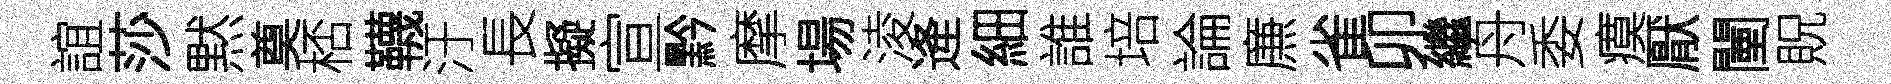
誼莎黙奠桮韈汙長擬宣黔摩場淩逄細誰培論㢘雀卯繼舟委瘼厭闉貺